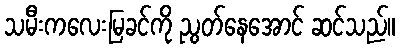
သမီးကလေးမြခင်ကို ညွတ်နေအောင် ဆင်သည်။